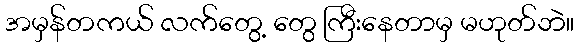
အမှန်တကယ် လက်တွေ့ တွေ ကြီးနေတာမှ မဟုတ်ဘဲ။